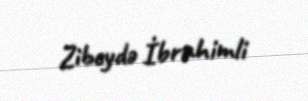
Zibeydə İbrahimli